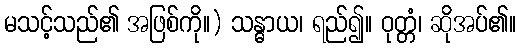
မသင့်သည်၏ အဖြစ်ကို။) သန္ဓာယ၊ ရည်၍။ ဝုတ္တံ၊ ဆိုအပ်၏။